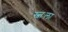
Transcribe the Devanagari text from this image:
स्व्तःला